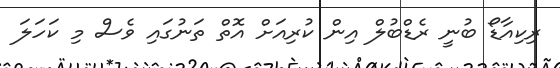
ރިކިއާޑޯ ބުނީ ރެޑްބުލް އިން ކުރިއަށް އޮތް ތަނުގައި ވެސް މި ކަހަލަ